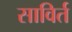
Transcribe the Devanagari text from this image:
साविर्त